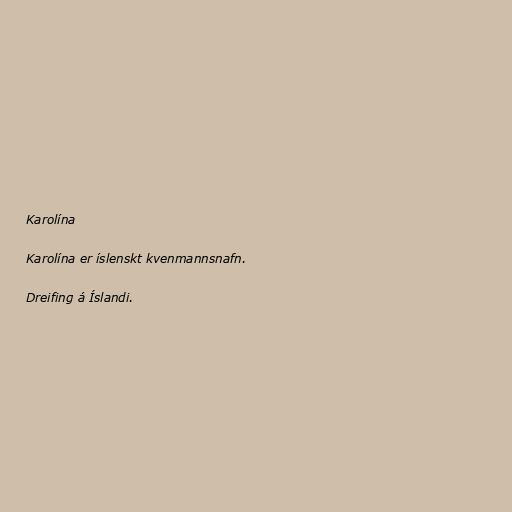
Karolína

Karolína er íslenskt kvenmannsnafn.

Dreifing á Íslandi.